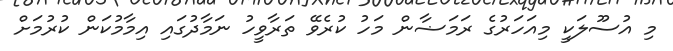
މި އުސޫލަކީ މިއަހަރުގެ ރަމަޟާން މަހު ކުރެވޭ ތަރާވީހު ނަމާދުގައި އިމާމުކަން ކުރުމަށް